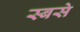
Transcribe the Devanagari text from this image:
स्बसे